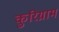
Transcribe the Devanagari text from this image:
कुरिग्राम